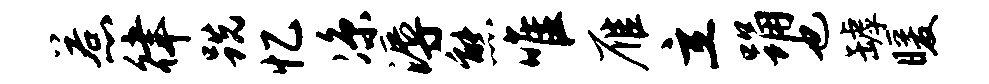
惹律跣忆凉溽熊唯雁立踊也罅暖